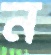
ন